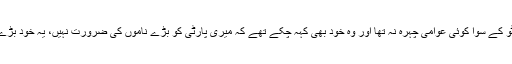
پارٹی کے پاس بھٹو کے سوا کوئی عوامی چہرہ نہ تھا اور وہ خود بھی کہہ چکے تھے کہ میری پارٹی کو بڑے ناموں کی ضرورت نہیں، یہ خود بڑے نام پیدا کرے گی۔